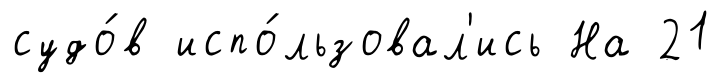
судо́в испо́льзовал'ись На 21